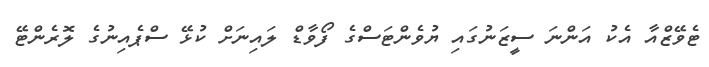
ޓެވޭޒްއާ އެކު އަންނަ ސީޒަނުގައި ޔުވެންޓަސްގެ ފޯވާޑް ލައިނަށް ކުޅޭ ސްޕެއިނުގެ ލޮރެންޓޭ